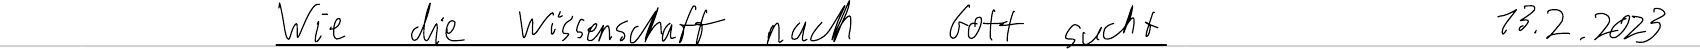
Wie die Wissenschaft nach Gott sucht   13.2.2023